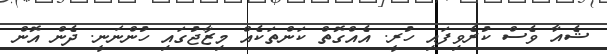
ޝެއާ ވެސް ކުރެވިފައި ހުރީ. އެއްގޮތް ކަންތަކެއް މިޒާޖުގައި ހުންނަނީ. ދެން އޮން